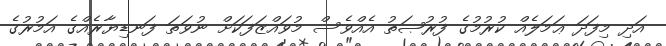
އަދި މިފަދަ ޢަމަލެއް ކުރުމުގެ ފުރުޞަތު އެއްވެސް މުވައްޒަފަކަށް ނުވަތަ ފަނޑިޔާރެއްގެ އަމުރުގެ